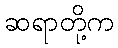
ဆရာတို့က